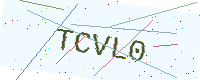
Text: TCVL0